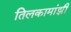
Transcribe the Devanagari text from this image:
तिलकामांझी